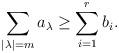
LaTeX: \begin{align*}\sum_{|\lambda| = m}a_\lambda \geq \sum_{i=1}^r b_i.\end{align*}